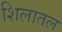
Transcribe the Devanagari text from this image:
शिलातल